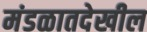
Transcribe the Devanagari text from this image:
मंडळातदेखील